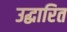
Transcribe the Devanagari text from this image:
उद्धारित